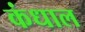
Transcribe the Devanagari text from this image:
कंधाल